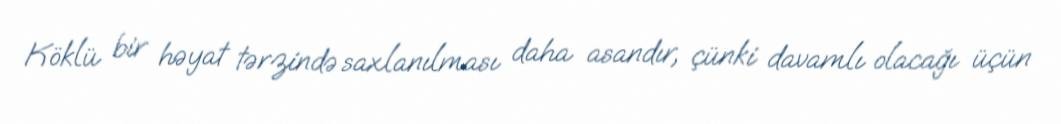
Köklü bir həyat tərzində saxlanılması daha asandır, çünki davamlı olacağı üçün